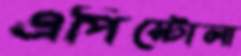
এপিস্টোলা